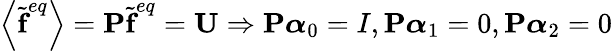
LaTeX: \left\langle\widetilde{\textbf{f}}^{eq}\right\rangle=\textbf{P}\widetilde{\textbf{f}}^{eq}=\textbf{U}\Rightarrow\textbf{P}\boldsymbol{\alpha}_{0}=I,\textbf{P}\boldsymbol{\alpha}_{1}=0,\textbf{P}\boldsymbol{\alpha}_{2}=0